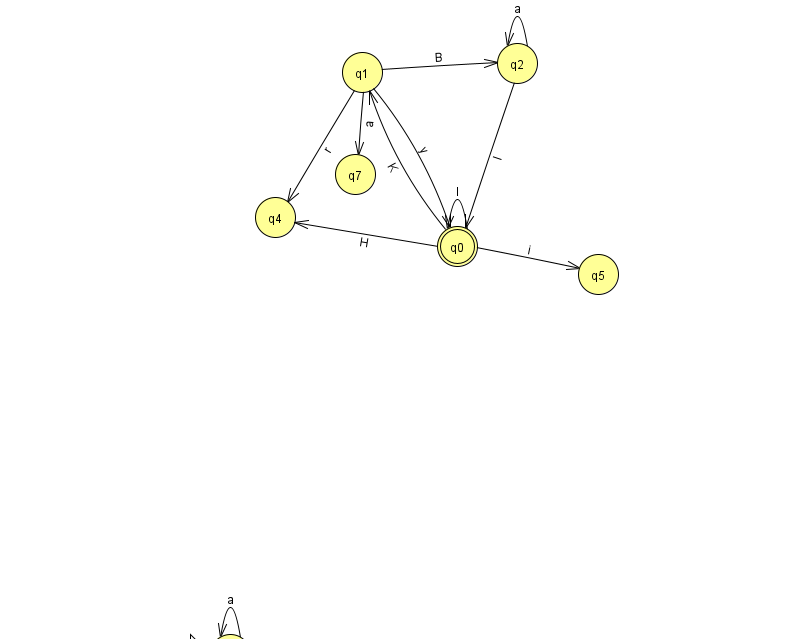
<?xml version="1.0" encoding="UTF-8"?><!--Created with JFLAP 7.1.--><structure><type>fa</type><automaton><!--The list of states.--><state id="0" name="q0"><x>457.0</x><y>233.0</y><final/></state><state id="1" name="q1"><x>362.0</x><y>59.0</y></state><state id="2" name="q2"><x>517.0</x><y>50.0</y></state><state id="3" name="q3"><x>230.0</x><y>641.0</y><initial/></state><state id="4" name="q4"><x>275.0</x><y>204.0</y></state><state id="5" name="q5"><x>598.0</x><y>261.0</y></state><state id="7" name="q7"><x>355.0</x><y>161.0</y></state><!--The list of transitions.--><transition><from>2</from><to>2</to><read>a</read></transition><transition><from>3</from><to>3</to><read>a</read></transition><transition><from>1</from><to>7</to><read>a</read></transition><transition><from>0</from><to>4</to><read>H</read></transition><transition><from>1</from><to>2</to><read>B</read></transition><transition><from>1</from><to>0</to><read>y</read></transition><transition><from>2</from><to>0</to><read>l</read></transition><transition><from>0</from><to>1</to><read>K</read></transition><transition><from>0</from><to>5</to><read>i</read></transition><transition><from>0</from><to>0</to><read>l</read></transition><transition><from>1</from><to>4</to><read>r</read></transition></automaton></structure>